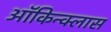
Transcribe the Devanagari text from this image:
ऑकिन्क्लास